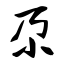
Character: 尕